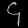
Digit: ၄